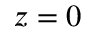
z = 0